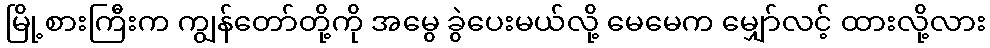
မြို့စားကြီးက ကျွန်တော်တို့ကို အမွေ ခွဲပေးမယ်လို့ မေမေက မျှော်လင့် ထားလို့လား